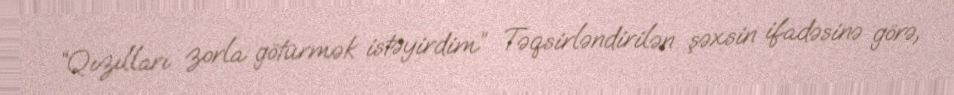
“Qızılları zorla götürmək istəyirdim” Təqsirləndirilən şəxsin ifadəsinə görə,